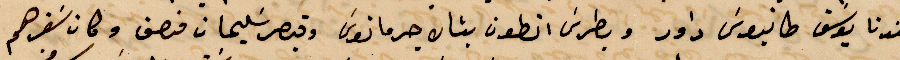
عندنا يوسف طانيوس داود وبطرس أنطون بشان جرمانوس وقيصر سليمان فنصف وكان سفرهم